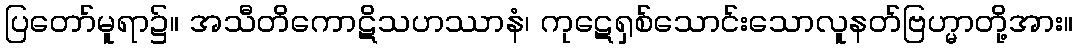
ပြတော်မူရာ၌။ အသီတိကောဋိသဟဿာနံ၊ ကုဋေရှစ်သောင်းသောလူနတ်ဗြဟ္မာတို့အား။